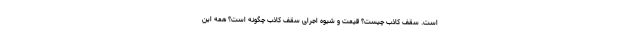
است. سقف کاذب چیست؟ قیمت و شیوه اجرای سقف کاذب چگونه است؟ همه این